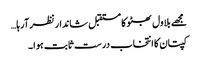
مجھے بلاول بھٹو کا مستقبل شاندار نظر آرہا…
کپتان کا انتخاب درست ثابت ہوا ۔